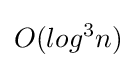
O(log^{3}n)